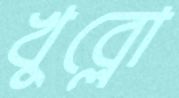
খুব্‌লো